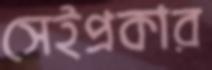
সেইপ্রকার